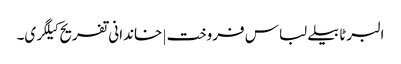
البرٹا بیلے لباس فروخت | خاندانی تفریح ​​کیلگری۔